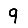
Digit: 9